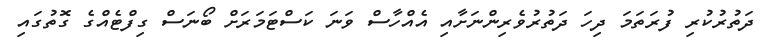
ދަތުރުކުރި ފުރަތަމަ ދިހަ ދަތުރުވެރިންނަށާއި އެއްހާސް ވަނަ ކަސްޓަމަރަށް ބޯނަސް ގިފްޓެއްގެ ގޮތުގައި